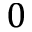
0